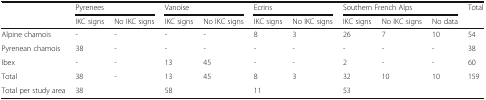
| <ROWSPAN=2>  | <COLSPAN=2> Pyrenees | <COLSPAN=2> Vanoise | <COLSPAN=2> Ecrins | <COLSPAN=3> Southern French Alps | Total |
 | IKC signs | No IKC signs | IKC signs | No IKC signs | IKC signs | No IKC signs | IKC signs | No IKC signs | No data |  |
 | --- | --- | --- | --- | --- | --- | --- | --- | --- | --- | --- |
 | Alpine chamois | - | - | - | - | 8 | 3 | 26 | 7 | 10 | 54 |
 | Pyrenean chamois | 38 | - | - | - | - | - | - | - | - | 38 |
 | Ibex | - | - | 13 | 45 | - | - | 2 | - | - | 60 |
 | Total | 38 | - | 13 | 45 | 8 | 3 | 32 | 10 | 10 | 159 |
 | Total per study area | <COLSPAN=2> 38 | <COLSPAN=2> 58 | <COLSPAN=2> 11 | <COLSPAN=3> 53 |  |